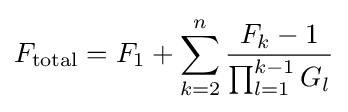
F_{\mathrm {total} }=F_{1}+\sum _{k=2}^{n}{\frac {F_{k}-1}{\prod _{l=1}^{k-1}G_{l}}}